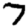
Digit: 7